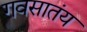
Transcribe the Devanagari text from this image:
गवसातंय